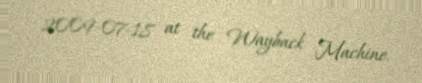
2009-07-18 at the Wayback Machine.